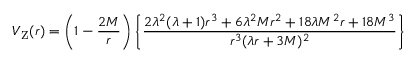
V _ { \mathrm { Z } } ( r ) = \left( 1 - { \frac { 2 M } { r } } \right) \left\{ \frac { 2 \lambda ^ { 2 } ( \lambda + 1 ) r ^ { 3 } + 6 \lambda ^ { 2 } M r ^ { 2 } + 1 8 \lambda M ^ { 2 } r + 1 8 M ^ { 3 } } { r ^ { 3 } ( \lambda r + 3 M ) ^ { 2 } } \right\}